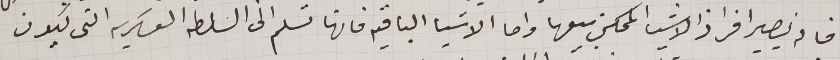
فان يصير افراز الاشيا الممكن بيعها واما الاشيا الباقيه فانها تسلم الى السلطه العسكريه التي يكون